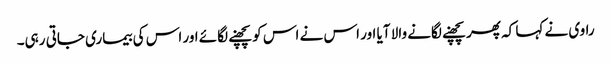
راوی نے کہا کہ پھر پچھنے لگانے والا آیا اور اس نے اس کو پچھنے لگائے اور اس کی بیماری جاتی رہی۔